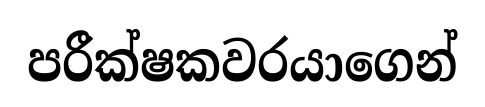
පරීක්ෂකවරයාගෙන්